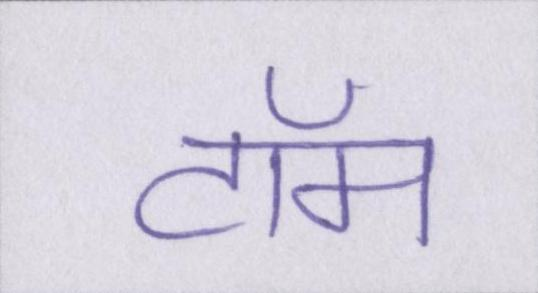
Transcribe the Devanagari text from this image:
टॉम